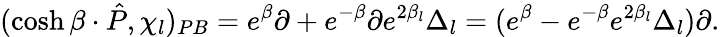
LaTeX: (\cosh\beta\cdot\hat{P},\chi_{l})_{PB}=e^{\beta}\partial+e^{-\beta}\partial e^{2\beta_{l}}\Delta_{l}=(e^{\beta}-e^{-\beta}e^{2\beta_{l}}\Delta_{l})\partial.